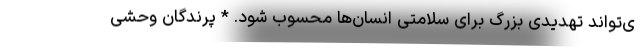
ی‌تواند تهدیدی بزرگ برای سلامتی انسان‌ها محسوب شود. * پرندگان وحشی